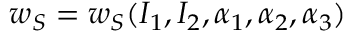
w _ { S } = w _ { S } ( I _ { 1 } , I _ { 2 } , \alpha _ { 1 } , \alpha _ { 2 } , \alpha _ { 3 } )